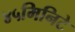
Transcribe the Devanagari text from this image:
४५मिनिटे